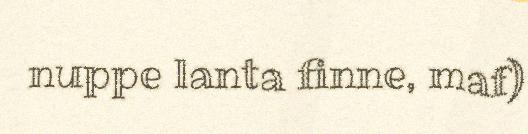
nuppe lanta finne, maf)